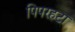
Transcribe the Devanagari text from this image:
पिपरहटा